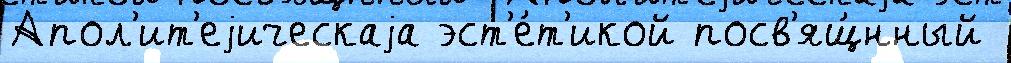
Апол'ит'еjическаjа эст'е́т'икой посв'ящ́нный